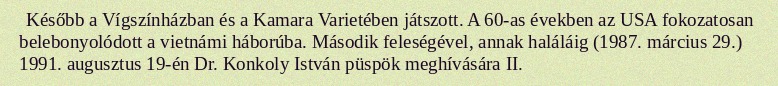
Később a Vígszínházban és a Kamara Varietében játszott. A 60-as években az USA fokozatosan belebonyolódott a vietnámi háborúba. Második feleségével, annak haláláig (1987. március 29.) 1991. augusztus 19-én Dr. Konkoly István püspök meghívására II.